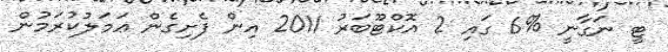
ޓީ ނަގާނީ %6 ގައި 2 އޮކްޓޫބަރު 2011 އިން ފެށިގެން ޢަމަލުކުރަމުން